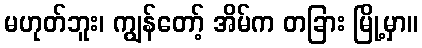
မဟုတ်ဘူး၊ ကျွန်တော့် အိမ်က တခြား မြို့မှာ။